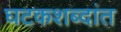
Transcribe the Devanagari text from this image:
घटकशब्दांत